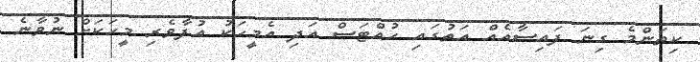
ކިތަންމެ ގިނަ ފައިސާއެއް އަތުގައި ހުއްޓަސް އަދި އެމީހަކު އުފާވެރި މީހަކަށް ނުވާނެ